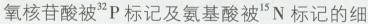
氧核苷酸被^{32}P标记及氨基酸被^{15}N标记的细